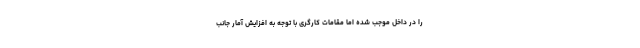
را در داخل موجب شده اما مقامات کارگری با توجه به افزایش آمار جانب